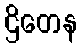
ဌိတေန